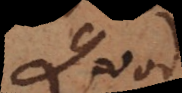
Quod